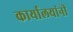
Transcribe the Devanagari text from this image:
कार्यालयांनी